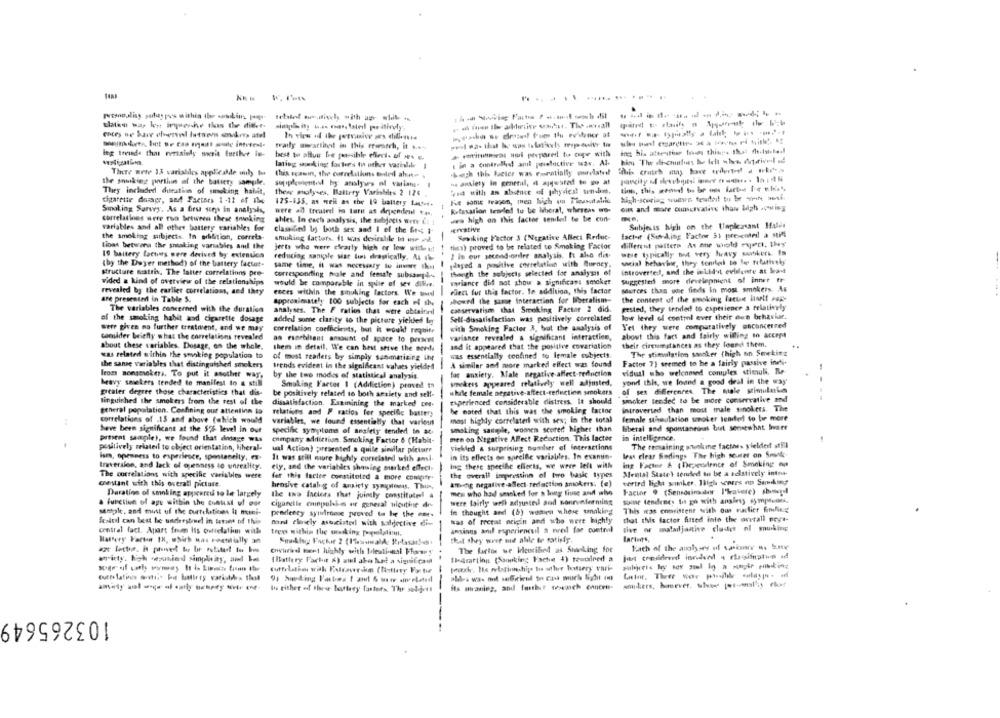
......
portsopaliss porlas pes within the wordkins pompe-
this was hi ingresche this che didr.
traily morattinot in this ffertrh, it s.
leg trvide that rersaisly socrit further im-
best to pluir be perssible effects of ses e.
lating sanking factors In other varialde 1
: in a controlled aml poloctive wav, Al-
Tinte were 13 variabiles applicaMde only to
Lech this laticr was emoratially wwwrelated!
this egawin, the correlations endeil ahn=
the sounding portion of the baticty sample.
sopplosiento by analyses ol varians. I
na anxiety in genenil, d apesrad to we at
They included duration of smoking habit,
these malyses, Battery Variables 2 124
vid with an aboutnce of physical ten-bit,
cigarette domapr, sad Factors 1-12 ef ile
Fue sonic Frajon, men high ou Tiensuutalle
Smoking Survey, As a first steps in analysis,
175-135, as well as the 10 battery fast.
Relaxation teseled tu te Iheral, whereas wo-
cit and more cuicreative than ligh ,owing
were all tround in tar as drendenl k .,
correlatines were run brewenn these smoking
ahles. In each analysis, the sabjecis arte E': 1.
wea high on this factor senileil to be con-
variables and all other battery variables for
classified by both sex and i of the 6t4 1-
Subjesis high on the Unpleasant Hales
the smoking subjects. In ardtion, correts-
-
Sewiking Factor 3 (Negative Allect Reduc-
Each-if (Sending Factor 51 presenteil a stiMl
tioas betwera the shtaking variables and the
smoking factors. It was desirable i wie wd.
tis) proved to be related to Smoking Factor
different pellere At ane wold eject, they'
jerts who were clearly high or low wiche :
were typically but very heavy sontkerk. fa
19 baitery Lacours were derived by extension
reducing saniple siat lon drastically, A b.
! in our second-order analysis, It aho dit.
(by the Dayer method) of the battery factor-
same time, it was necessary to inviare that
sdaged a positive correlation with Burney,
social heharbir, they tendles to fap relatively
structure matrix. The latter correlations pro-
though the subjects selected for analysis of
introverted, and the inkid't evilente at least
corresponding male and female subsamp ...
Suggested more develapnient of inner tr
vided & kind of overview of the relationships
would be comparable in spite of vev Sill.e.
wwwiance did not show a significant smoker
sources than one finds in most smokers. As
revealed by the earlier correlations, and they
ences within the smoking factors. We bisedd
vient for this factor. In addition, this factor
are presented in Table 5.
approximately 100 subjects for each of she
showed the same interaction for Iberalism-
the content of the smoking factse huset! Fog-
The variables concerned with the durstisn
conservatism that Smoking Factor 2 did.
rested, they tended to experience a relatively
analyses. The F ratios that were obtainindl
low level of control ever their own brhavhar.
of the smoking habit and cigarette dosage
added some clarity to the picture yichled le
Sell-dissatisfaction was positively correlated
were given no further treatment, and we may
correlation coefficients, but it would requite
with Smoking Factor A, but the analysis of
Yet they were comparatively enconcerned
comsider briefly what the correlations revealed
variance revealed a significant interaction,
about this fact and fairly wiling to ACCPM
about these variables. Dosage, on the whole,
as escebltant amount of space to present
their circumstances as they found them.
them in detail. We can best stive the newils
and it appeared that the positive covariation
The stimulation sanker (high on Seeking
was related within the smoking population to
of most readers by simply samantizing ihr
was essentially confined to lemale subjects.
the sanse variables that distinguished smokers trends evident in the significant values yielded
A similar and more marked effect was found
Factor 7] seemed to be a fairly passive indi-
from nonsmokers. To put it asother way.
for anxiety. Male negative affect-reduction
vidual who welcomed complex stimuli, Re
by the two modes of statistical analysis.
--
yond this, we found a good deal in the way"
heavy smokers tended to manifest to a still
Smoking Factor 1 (Addiction) proved in
seekers appeared relatively well adjusted,
greater degree those characteristics that dis-
be positively related to both anxiety and self-
while female negative-affect-reduction smokers
of sex differences The mole szimularkan
----
tinguished the smokers from the rest of the
experienced considerable distress. It should
smoker tended to be more conservative and
dissatisfaction. Examining the marked Do.
he noted that this was che smoking factor
introverted than most male sinokers. The
general population. Confining our attention to
relations and P ratios for specific battery
female stimaulation smoker tended to be more
correlations of .15 and above (which would
variables, we found essentially that various
most highly correlated with sex; in the total
Seve been significant at the 5% level in out
specific symptoms of ansfety tended in ac
smoking sample, woaxn scored higher than
liberal and spontaneous but sensewhat Ivaer
present sample), we found that aindage was
men on Negative AFect Reduction. This facter
in intelligence,
company addiction. Smoking Factor 6 (Habit-
vickled & surprising number of interactions
The remaining stoking facthes yielder still
positively relateil to object orientation, Fiheral-
ual Action) presented a quile simillar picture
ism, openness to experience, spontaneity, e-
It was still mure highly correlated with ami
in its ellects on specific variables. In examin-
less clear Sedings The high souter on Souk.
Iraversion, and lack of openness to unreality.
ely, and the variables showing surked effect
Ing these specific effects, we were left with
ing Factne & (Dependence of Smoking ou
the overall impression of two basic types
Mental State' tended to be a relatively intne-
The correlations with specific variables were
fer this factee constituted a more conspir.
wortrd licht suiker. High scores an Samling
crestant with this overall picture.
hensive catalog of anxiety symptomss, Thin,
Aftying negative-affect redaction smokers; (e)
Daration of smoking appeared to let largely
the two Iaciers that juinsly constituted! a
men who had smoked for a long those and also
Factor . (Sensorimaker I'%avere) shamegel
a function of age within the conuist uf our
were fairly well adjusted sod sonreferming
some tendenes tos go with angles sympaunes.
cigaretle conpulses of general uioutine de
in thought and (b) women whose sanaking
This was entristent with our euclier formahing
sentle, and must of the currelations il neni-
pendency syndrome proved to be the me.
---
Sesitil can best be understand in tutine of this
mand closely asocisted with saldoctive di-
sas of reeat origin and who were highly
that this factor fitted into the overall peyt-
central fact. Apart from Its outrelatim with
trees within the making pergolalimt.
-
amsinns and experiencel a pred for control
tive or maladljantive clude of spuking
that they were mit able to satisfy
Battery Farten IN, which was roetlilly an
Each of the auchses of asimmer s. b.ne
Owhriedl went highly with Ileational Pharmy
The factos we Hleutilied as Shaking for
(Battery Fachit &) aul abo had a significam
Ildrafting (Ssonking Fache $) temtired a
Later. Thee vor philie -olay po -
turflatinos anti. but battrey variater, thot
to either of these battery fastors The subject
103265649
----